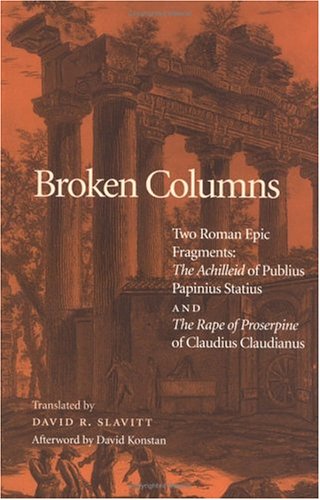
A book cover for Broken Columns: Two Roman Epic Fragments: "The Achilleid" of Publius Papinius Statius and "The Rape of Proserpine" of Claudius Claudianus; Literature & Fiction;